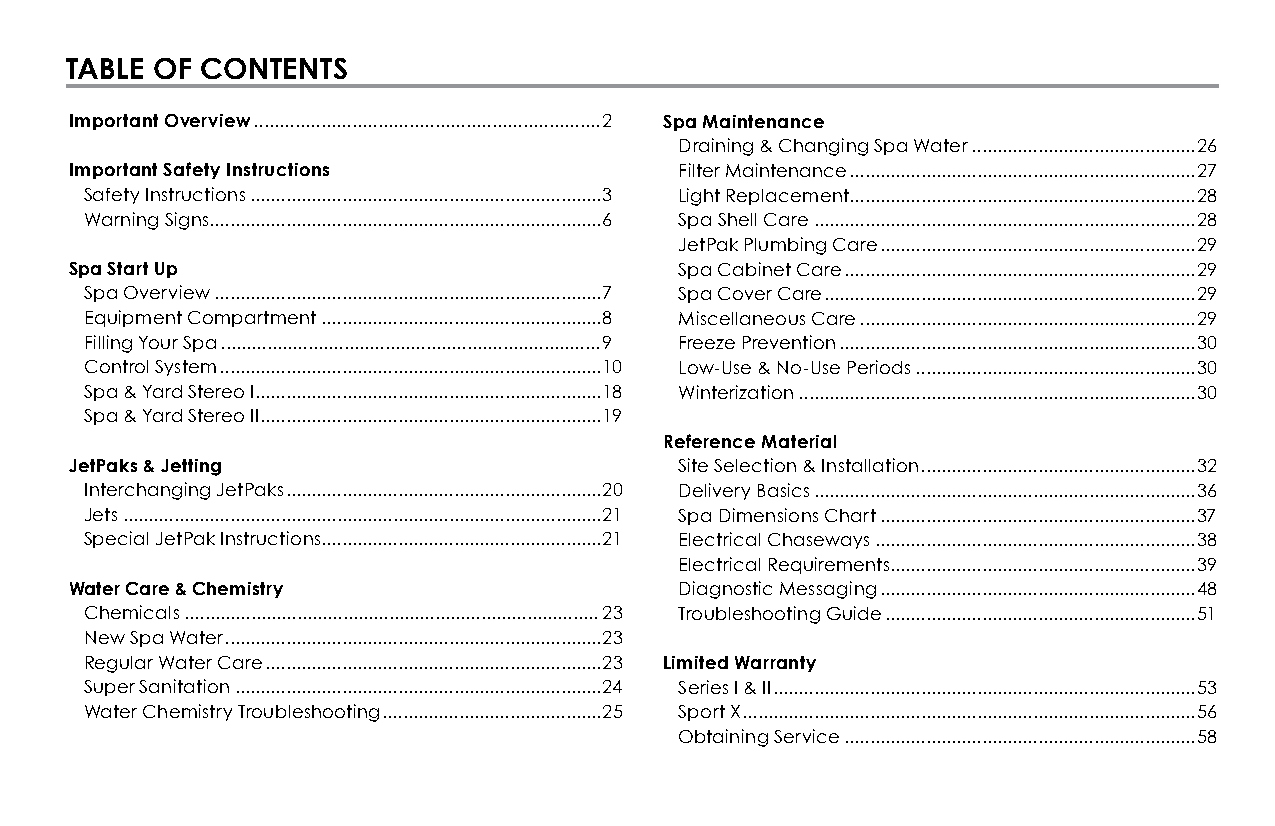
TaBLE of ConTEnTS
 Important overview ...................................................................2 Spa Maintenance
 Draining & Changing Spa Water ............................................26
 Important Safety Instructions           Filter Maintenance ....................................................................27
 Safety Instructions .....................................................................3 Light Replacement ....................................................................28
 Warning Signs .............................................................................6 Spa Shell Care ...........................................................................28
 JetPak Plumbing Care ..............................................................29
 Spa Start up                            Spa Cabinet Care .....................................................................29
 Spa Overview ............................................................................7 Spa Cover Care .........................................................................29
 Equipment Compartment .......................................................8 Miscellaneous Care ..................................................................29
 Filling Your Spa ..........................................................................9 Freeze Prevention ......................................................................30
 Control System ...........................................................................10 Low-Use & No-Use Periods .......................................................30
 Spa & Yard Stereo I ....................................................................18 Winterization ..............................................................................30
 Spa & Yard Stereo II ...................................................................19
 reference Material
 JetPaks & Jetting                       Site Selection & Installation ......................................................32
 Interchanging JetPaks ..............................................................20 Delivery Basics ...........................................................................36
 Jets ..............................................................................................21 Spa Dimensions Chart ..............................................................37
 Special JetPak Instructions.......................................................21 Electrical Chaseways ...............................................................38
 Electrical Requirements............................................................39
 Water Care & Chemistry                  Diagnostic Messaging ..............................................................48
 Chemicals .................................................................................23 Troubleshooting Guide .............................................................51
 New Spa Water ..........................................................................23
 Regular Water Care ..................................................................23 Limited Warranty
 Super Sanitation ........................................................................24 Series I & II ...................................................................................53
 Water Chemistry Troubleshooting ...........................................25 Sport X .........................................................................................56
 Obtaining Service .....................................................................58